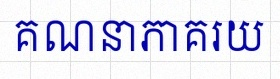
គណនាភាគរយ